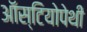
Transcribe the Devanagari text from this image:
ऑस्टियोपेथी